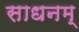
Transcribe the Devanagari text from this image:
साधनम्